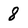
Character: 8